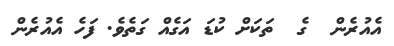
އެއުރެން  ގެ  ތަކަށް ކުޑަ އަގެއް ގަތެވެ. ފަހެ އެއުރެން